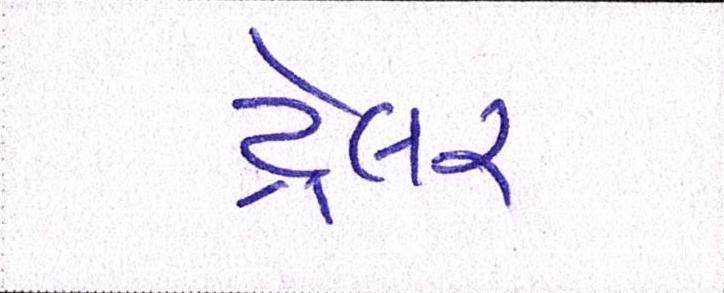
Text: ટ્રેલર